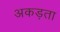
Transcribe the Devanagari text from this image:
अकड़ता